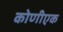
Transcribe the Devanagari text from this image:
कोणीएक